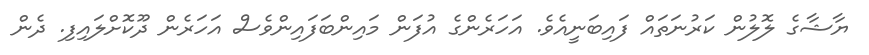
ޔާޝާގެ ލޮލުން ކަރުނަތައް ފައިބަނީއެވެ. އަހަރެންގެ އުފަން މައިންބަފައިންވެސް އަަހަރެން ދޫކޮށްލައިިފި. ދެން